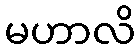
မဟာလိ